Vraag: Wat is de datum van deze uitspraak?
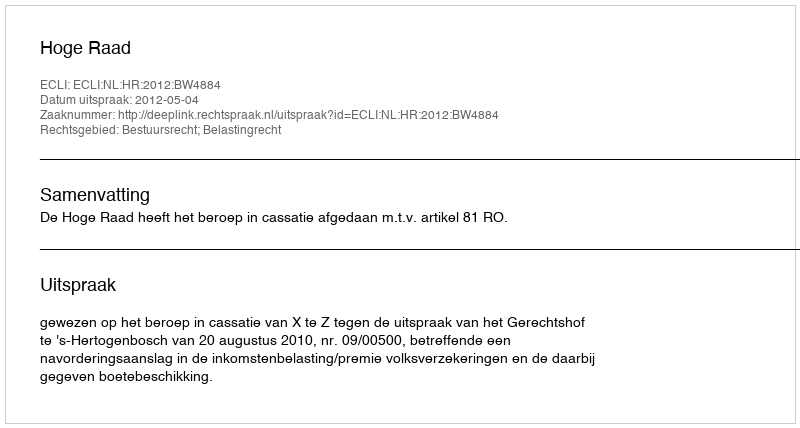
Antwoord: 2012-05-04